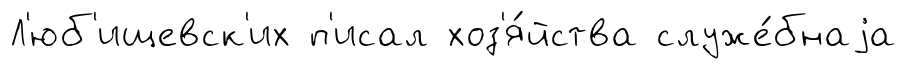
Л'юб'ищевск'их п'исал хоз'я́йства служе́бнаjа